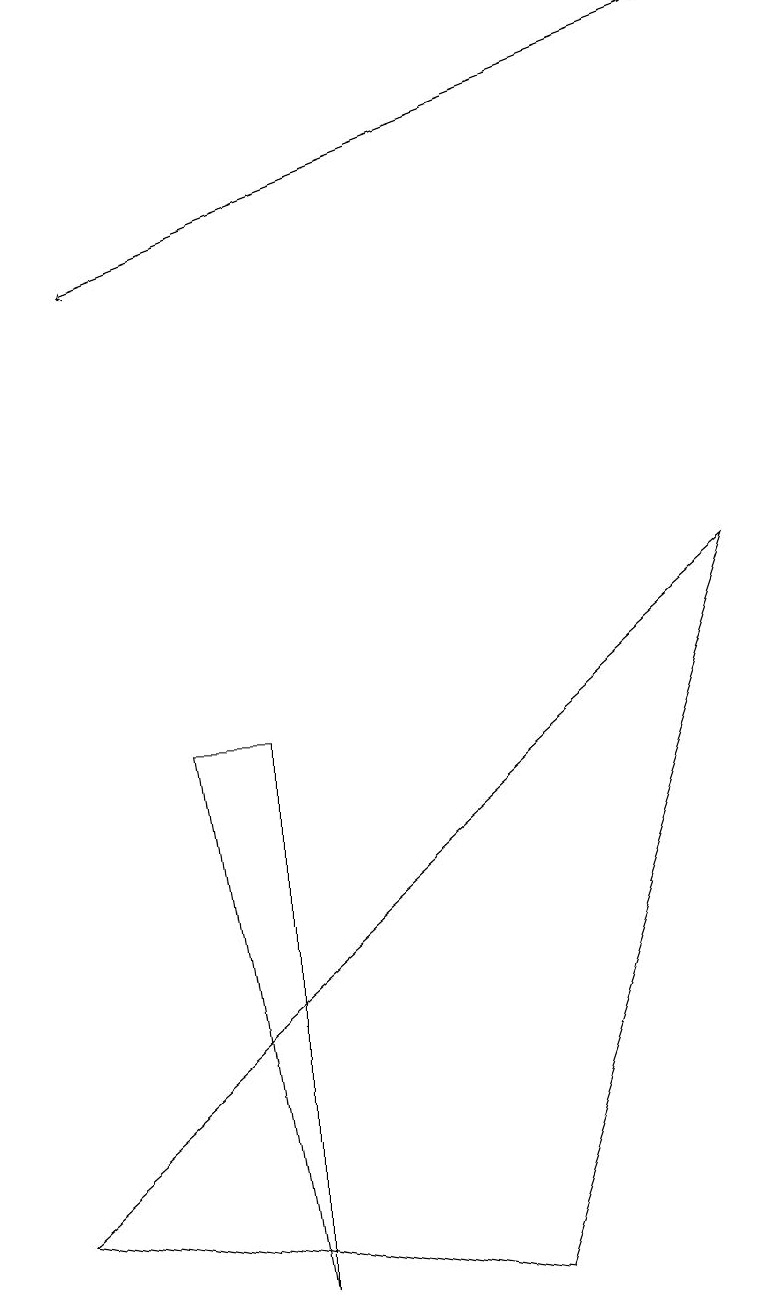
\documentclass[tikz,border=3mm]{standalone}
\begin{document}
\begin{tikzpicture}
\draw (3,0) -- (2,7) -- (3,7) -- cycle;
\draw (9,9) -- (6,0) -- (0,1) -- cycle;
\draw[->] (9,16) -- (1,13);
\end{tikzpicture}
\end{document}